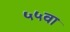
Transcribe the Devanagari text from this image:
५५वा